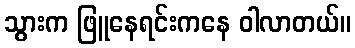
သွားက ဖြူနေရင်းကနေ ဝါလာတယ်။